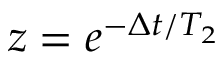
z = e ^ { - \Delta t / T _ { 2 } }